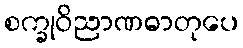
စက္ခုဝိညာဏဓာတုပေ